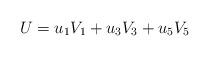
LaTeX: \begin{align*}U = u_1 V_1 + u_3 V_3 + u_5 V_5\end{align*}